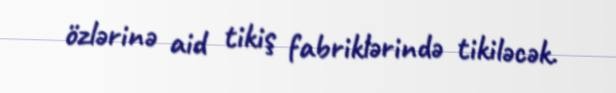
özlərinə aid tikiş fabriklərində tikiləcək.